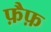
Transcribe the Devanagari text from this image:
फ़ैफ़